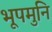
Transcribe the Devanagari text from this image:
भूपमुनि